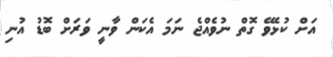
އަށް ކުޅެވޭ ގޮތް ނުވެއްޖެ ނަމަ އެކަން ވާނީ ވަރަށް ބޮޑު އުނި